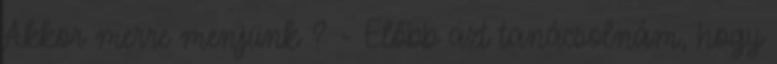
Akkor merre menjünk ? - Előbb azt tanácsolnám, hogy